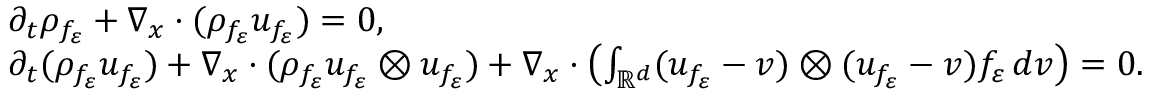
\begin{array} { r l } & { \partial _ { t } \rho _ { f _ { \varepsilon } } + \nabla _ { x } \cdot ( \rho _ { f _ { \varepsilon } } u _ { f _ { \varepsilon } } ) = 0 , } \\ & { \partial _ { t } ( \rho _ { f _ { \varepsilon } } u _ { f _ { \varepsilon } } ) + \nabla _ { x } \cdot ( \rho _ { f _ { \varepsilon } } u _ { f _ { \varepsilon } } \otimes u _ { f _ { \varepsilon } } ) + \nabla _ { x } \cdot \left( \int _ { \mathbb R ^ { d } } ( u _ { f _ { \varepsilon } } - v ) \otimes ( u _ { f _ { \varepsilon } } - v ) f _ { \varepsilon } \, d v \right) = 0 . } \end{array}